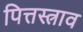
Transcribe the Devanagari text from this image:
पित्तस्त्राव